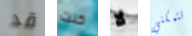
قد كنت لا تتمكني